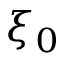
\xi _ { 0 }